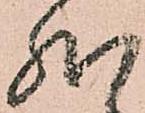
然